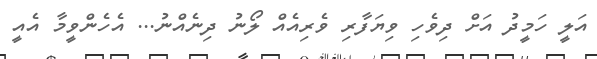
އަލީ ހަމީދު އަށް ދިވެހި ވިޔަފާރި ވެރިއެއް ލޯނު ދިނެއްނު... އެހެންވީމާ އެއީ